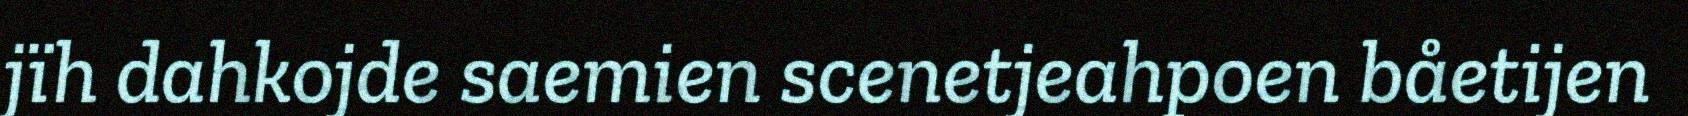
jïh dahkojde saemien scenetjeahpoen båetijen